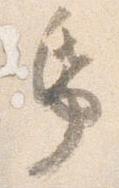
帋